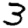
Digit: 3